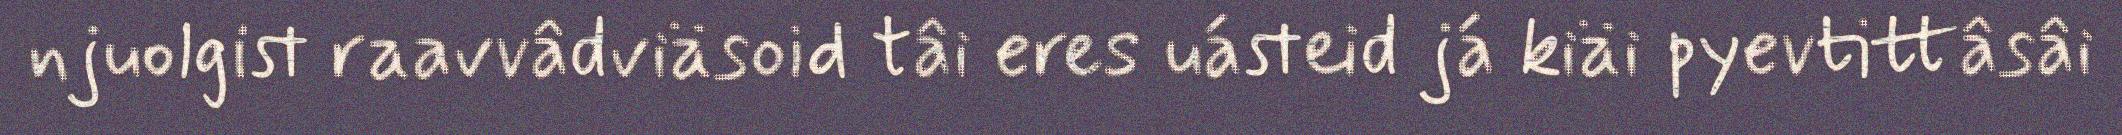
njuolgist raavvâdviäsoid tâi eres uásteid já kiäi pyevtittâsâi